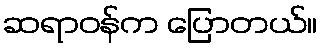
ဆရာဝန်က ပြောတယ်။